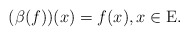
\begin{align*}(\beta (f))(x)=f(x),x\in {\rm E}.\end{align*}